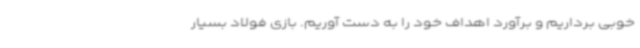
خوبی برداریم و برآورد اهداف خود را به دست آوریم. بازی فولاد بسیار